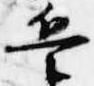
兵